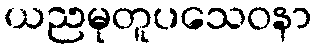
ယညမုတူပသေဝနာ